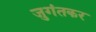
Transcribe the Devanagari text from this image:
जुगंतकर